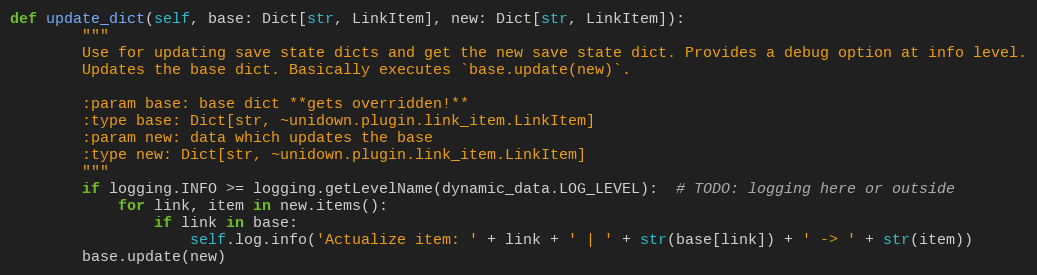
Language: Python
def update_dict(self, base: Dict[str, LinkItem], new: Dict[str, LinkItem]):
        """
        Use for updating save state dicts and get the new save state dict. Provides a debug option at info level.
        Updates the base dict. Basically executes `base.update(new)`.

        :param base: base dict **gets overridden!**
        :type base: Dict[str, ~unidown.plugin.link_item.LinkItem]
        :param new: data which updates the base
        :type new: Dict[str, ~unidown.plugin.link_item.LinkItem]
        """
        if logging.INFO >= logging.getLevelName(dynamic_data.LOG_LEVEL):  # TODO: logging here or outside
            for link, item in new.items():
                if link in base:
                    self.log.info('Actualize item: ' + link + ' | ' + str(base[link]) + ' -> ' + str(item))
        base.update(new)